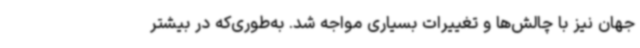
جهان نیز با چالش‌ها و تغییرات بسیاری مواجه شد. به‌طوری‌که در بیشتر